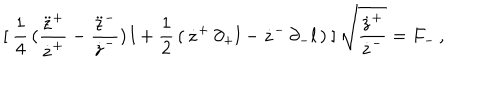
[ \: \frac { 1 } { 4 } \, ( \frac { \ddot { z } ^ { + } } { \dot { z } ^ { + } } - \frac { \ddot { z } ^ { - } } { \dot { z } ^ { - } } ) \, l + \frac { 1 } { 2 } \, ( \, \dot { z } ^ { + } \, \partial _ { + } l - \dot { z } ^ { - } \, \partial _ { - } l \, ) \: ] \, \sqrt { \frac { \dot { z } ^ { + } } { \dot { z } ^ { - } } } = F _ { - } \, ,